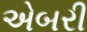
એબરી